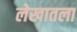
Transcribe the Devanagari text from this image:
लेखातला